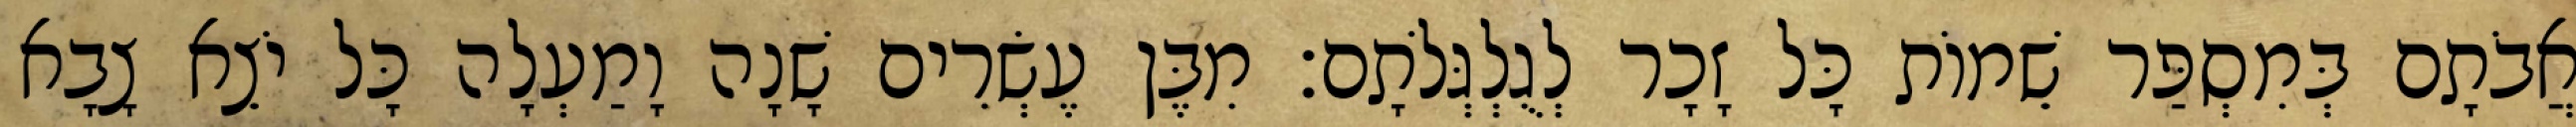
אֲבֹתָם בְּמִסְפַּר שֵׁמוֹת כָּל זָכָר לְגֻלְגְּלֹתָם׃ מִבֶּן עֶשְׂרִים שָׁנָה וָמַעְלָה כָּל יֹצֵא צָבָא